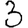
Digit: 3